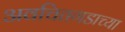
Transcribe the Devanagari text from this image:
अवचितगडाच्या